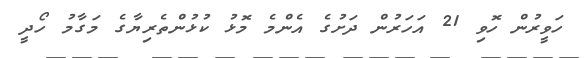
ހަވީރުން ހޮވި 21 އަހަރުން ދަށުގެ އެންމެ މޮޅު ކުޅުންތެރިޔާގެ މަގާމު ހޯދީ